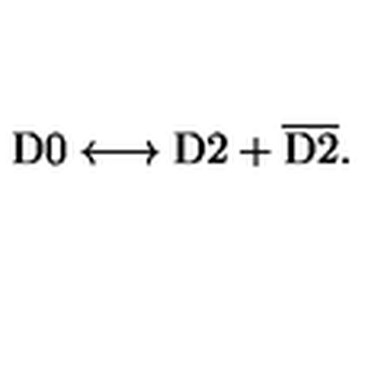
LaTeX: \mathrm { D 0 } \longleftrightarrow \mathrm { D 2 } + { \overline { \mathrm { D 2 } } } .